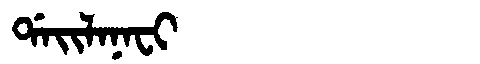
Manchu: ᡩᠠᡳᠯᠠᠨᠠᠸᡳ
Romanization: DAILANAFI